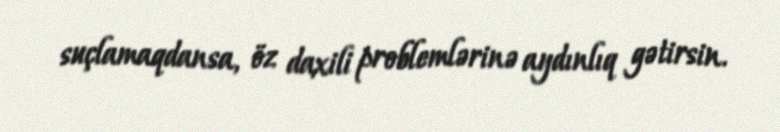
suçlamaqdansa, öz daxili problemlərinə aydınlıq gətirsin.